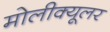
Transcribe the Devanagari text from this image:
मोलीक्यूलर